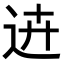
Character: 𨒍